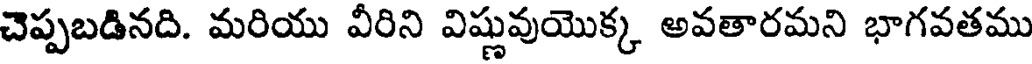
చెప్పబడినది. మరియు వీరిని విష్ణువుయొక్క అవతారమని భాగవతము